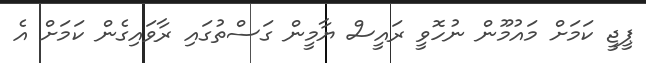
ޕީޖީ ކަމަށް މައުމޫން ނުހޮވީ ރައީސް ޔާމީން ގަސްތުގައި ރާވައިގެން ކަމަށް އެ